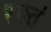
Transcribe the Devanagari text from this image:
रक्तं